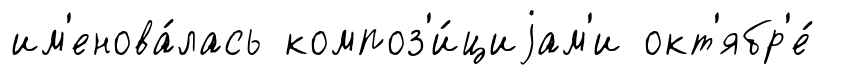
им'енова́лась композ'и́циjам'и окт'ябр'е́